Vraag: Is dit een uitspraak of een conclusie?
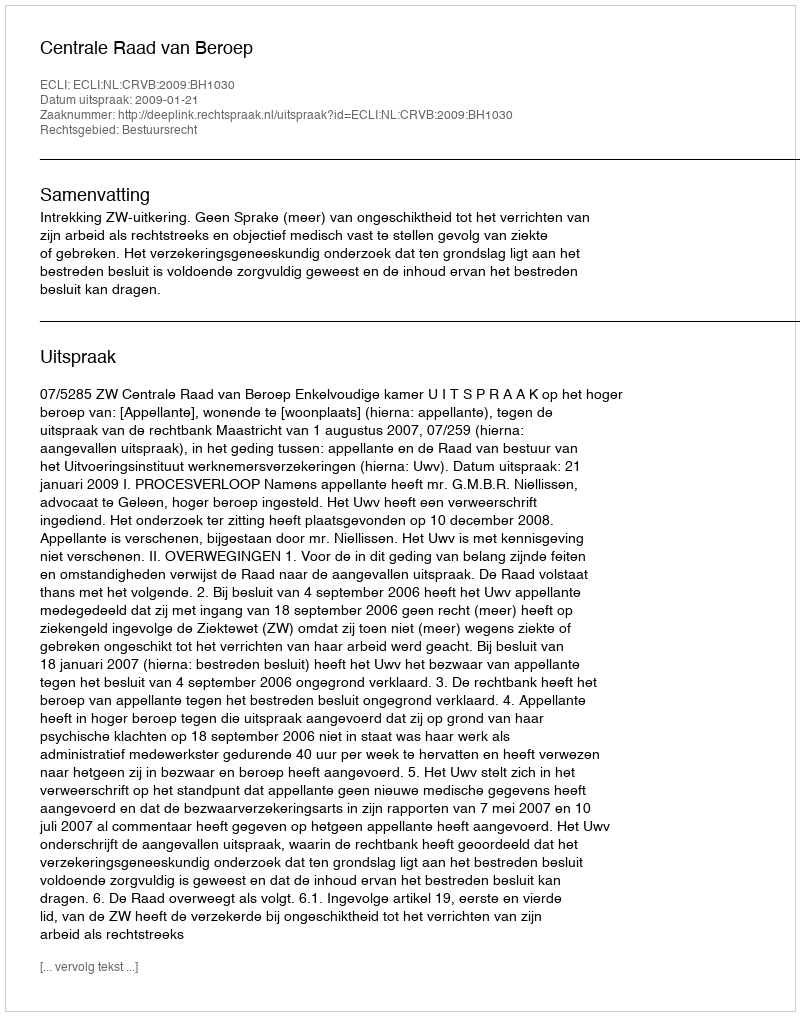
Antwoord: Uitspraak